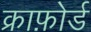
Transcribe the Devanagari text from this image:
क्राफ़ोर्ड